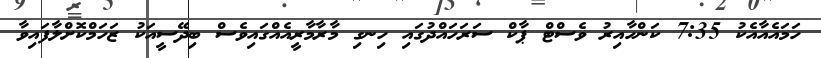
ހަމައެއާއެކު 7:35 ކަންހާއިރު ވެސްޓް ޕާކް ސަރަހައްދުގައި ހިނގި މާރާމާރީއެއްގައިވެސް ބިދޭސީއަކު ޒަހަމްކޮށްލާފައިވާ